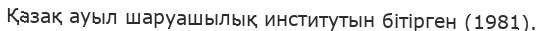
Қазақ ауыл шаруашылық институтын бітірген (1981).